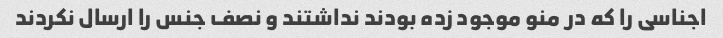
اجناسی را که در منو موجود زده بودند نداشتند و نصف جنس را ارسال نکردند